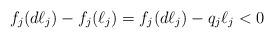
LaTeX: \begin{align*}f_{j}(d\ell_j ) - f_{j}(\ell_j ) = f_{j}(d\ell_j ) - q_j\ell_j < 0\end{align*}